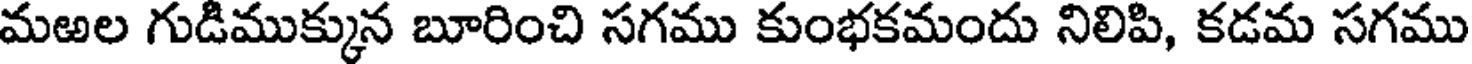
మఱల గుడిముక్కున బూరించి సగము కుంభకమందు నిలిపి, కడమ సగము